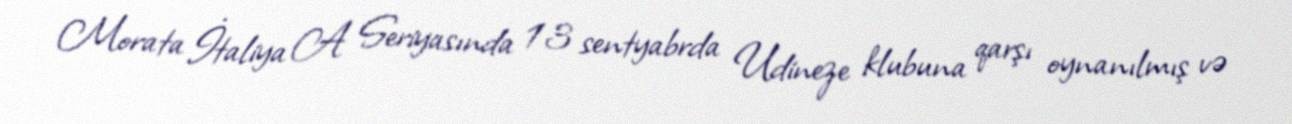
Morata İtaliya A Seriyasında 13 sentyabrda Udineze klubuna qarşı oynanılmış və